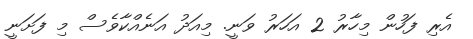
އެރި ފަހުން މިހާރު 2 އަހަރު ވަނީ. މިއަދު އަނެއްކާވެސް މި ފަށަނީ